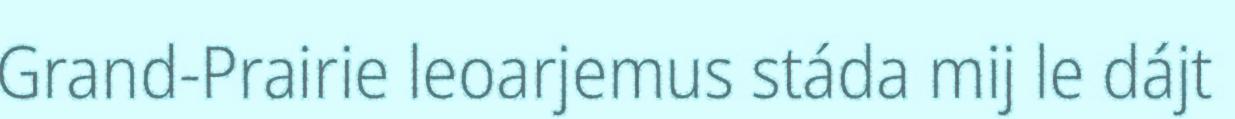
Grand-Prairie leoarjemus stáda mij le dájt